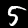
Digit: 5